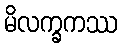
မိလက္ခကဿ